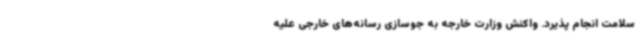
سلامت انجام پذیرد. واکنش وزارت خارجه به جوسازی رسانه‌های خارجی علیه